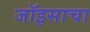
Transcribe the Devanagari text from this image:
जॉइसाचा